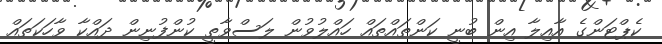
ކެޕްޓަންގެ އާއިލާ އިން ބުނީ ކަންތައްތައް ހައްލުވުން ލަސްވާތީ ކުންފުނިން ދައްކާ ވާހަކަތައް